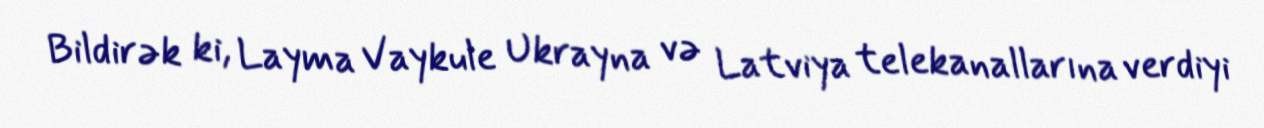
Bildirək ki, Layma Vaykule Ukrayna və Latviya telekanallarına verdiyi